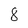
Character: 8